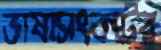
ভাষাসংকটের